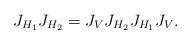
LaTeX: \begin{align*} J_{H_1}J_{H_2} = J_VJ_{H_2} J_{H_1} J_V. \end{align*}